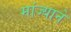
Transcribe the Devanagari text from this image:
मांज्याने